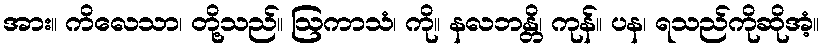
အား။ ကိလေသာ၊ တို့သည်။ ဩကာသံ၊ ကို။ နလဘန္တိ၊ ကုန်။ ပန၊ ရသည်ကိုဆိုအံ့။